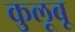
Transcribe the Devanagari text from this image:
कुलूबू